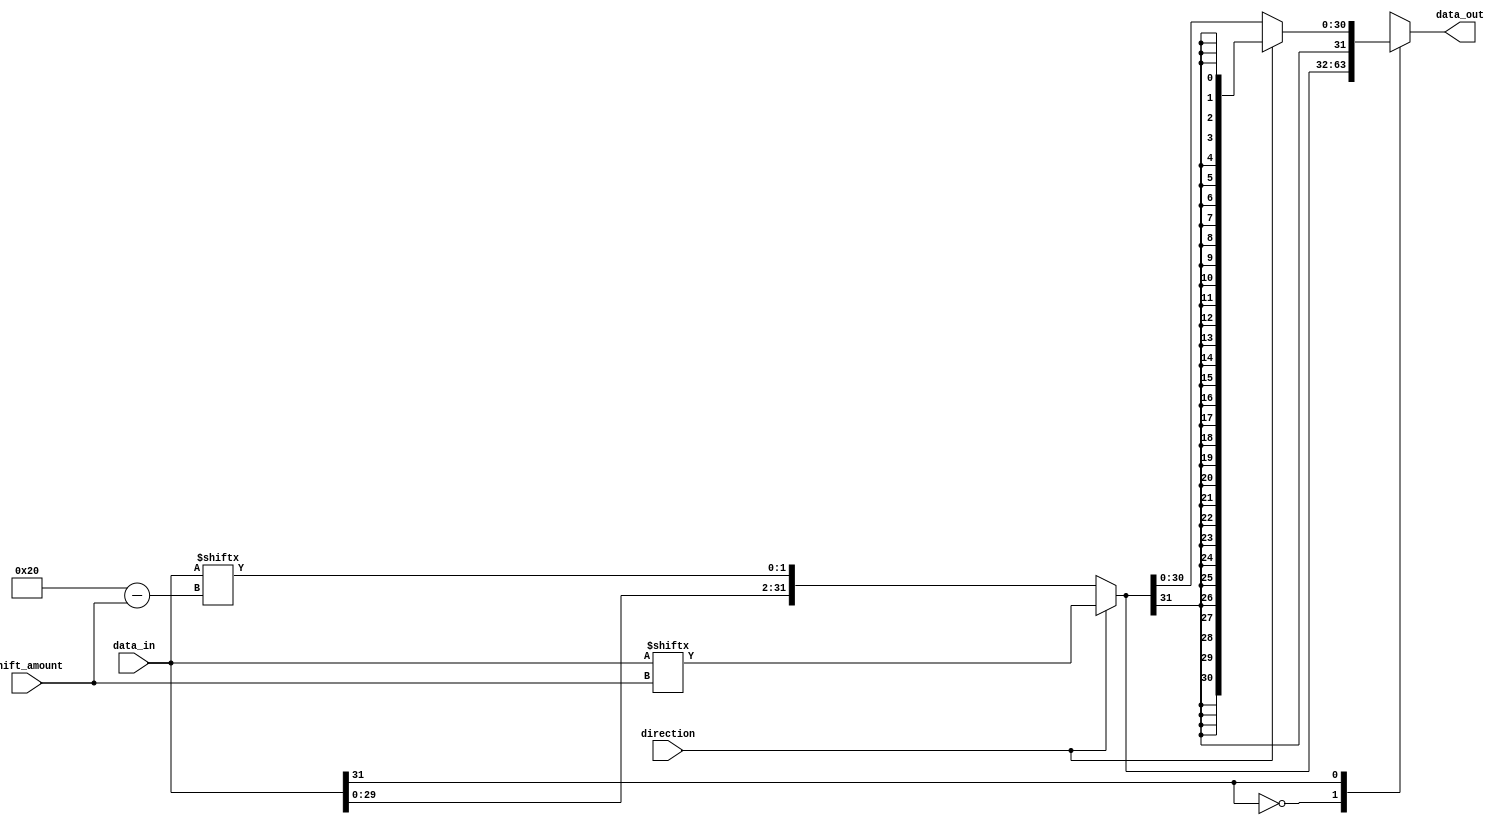
module barrel_shifter (
    input [31:0] data_in,
    input [4:0] shift_amount,
    input direction, // 0 for right shift, 1 for left shift
    output reg [31:0] data_out
);

reg [31:0] shifted_data;

always @* begin
    if(direction == 1) begin // left shift
        shifted_data = {data_in[shift_amount-1:0], data_in[31:shift_amount]};
    end else begin // right shift
        shifted_data = {data_in[31-shift_amount:0], data_in[31:32-shift_amount]};
    end
    
    case(data_in[31])
        0: data_out = shifted_data; // positive number, no sign extension needed
        1: begin // negative number, perform sign extension
            if(direction == 1) begin // left shift
                data_out = {32{shifted_data[31]}}; // extended with sign bit
            end else begin // right shift
                data_out = {shifted_data[31], shifted_data[31:0]}; // extended with sign bit
            end
        end
    endcase
end

endmodule